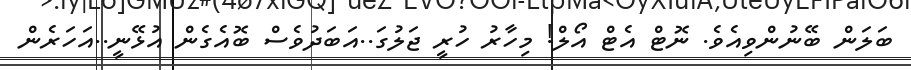
ބަލަން ބޭނުންވިއެވެ. ނޮޓް އެޓް އޯލް! މިހާރު ހުރީ ޖަލުގަ..އަބަދުވެސް ބޮއެގެން އުޅޭނީ..އަހަރެން